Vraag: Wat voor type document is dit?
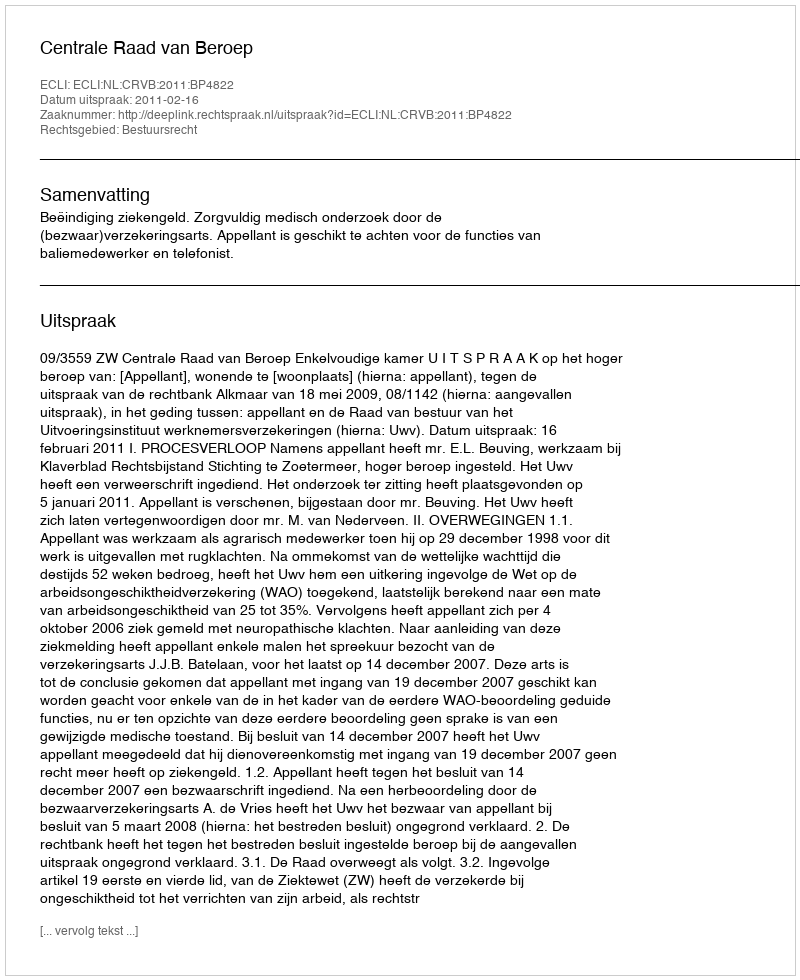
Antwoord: Uitspraak